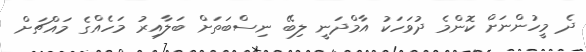
ދެ މީހުންނަށް ކޮންމެ ދުވަހަކު އާމްދަނީ ލިބޭ ނިސްބަތަށް ބަލާއިރު މަހެއްގެ މައްޗަށް